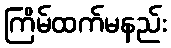
ကြိမ်ထက်မနည်း